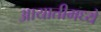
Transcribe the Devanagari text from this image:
आयातीमध्ये